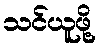
သင်ယူဖို့